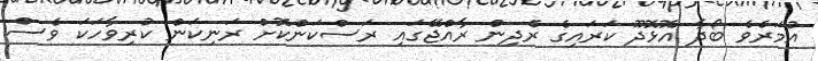
އުމަރެވެ ބޯދާ އޮޅޮދޫ ކަރައިގެ ރެދިން ރާއްޖޭގައި ރަސްކަންކޮށް ރަނިކަން ކުރިވާހަކަ ވެސް